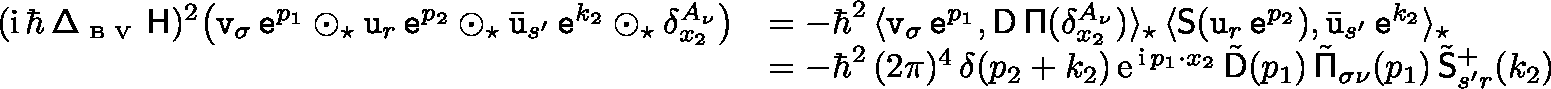
\begin{array} { r l } { ( { \mathrm { i } } \, \hbar \, { \mathsf \Delta } _ { \textrm { \tiny B V } } \, \mathsf { H } ) ^ { 2 } \big ( \mathtt { v } _ { \sigma } \, \mathtt { e } ^ { p _ { 1 } } \odot _ { \star } \mathtt { u } _ { r } \, \mathtt { e } ^ { p _ { 2 } } \odot _ { \star } \bar { \mathtt { u } } _ { s ^ { \prime } } \, \mathtt { e } ^ { k _ { 2 } } \odot _ { \star } \delta _ { x _ { 2 } } ^ { A _ { \nu } } \big ) } & { = - \hbar ^ { 2 } \, \langle \mathtt { v } _ { \sigma } \, \mathtt { e } ^ { p _ { 1 } } , \mathsf { D } \, \mathsf { \Pi } ( \delta _ { x _ { 2 } } ^ { A _ { \nu } } ) \rangle _ { \star } \, \langle \mathsf { S } ( \mathtt { u } _ { r } \, \mathtt { e } ^ { p _ { 2 } } ) , \bar { \mathtt { u } } _ { s ^ { \prime } } \, \mathtt { e } ^ { k _ { 2 } } \rangle _ { \star } } \\ & { = - \hbar ^ { 2 } \, ( 2 \pi ) ^ { 4 } \, \delta ( p _ { 2 } + k _ { 2 } ) \, { \mathrm { e } } ^ { \, { \mathrm { i } } \, p _ { 1 } \cdot x _ { 2 } } \, \tilde { \mathsf { D } } ( p _ { 1 } ) \, \tilde { \mathsf { \Pi } } _ { \sigma \nu } ( p _ { 1 } ) \, \tilde { \mathsf { S } } _ { s ^ { \prime } r } ^ { + } ( k _ { 2 } ) } \end{array}